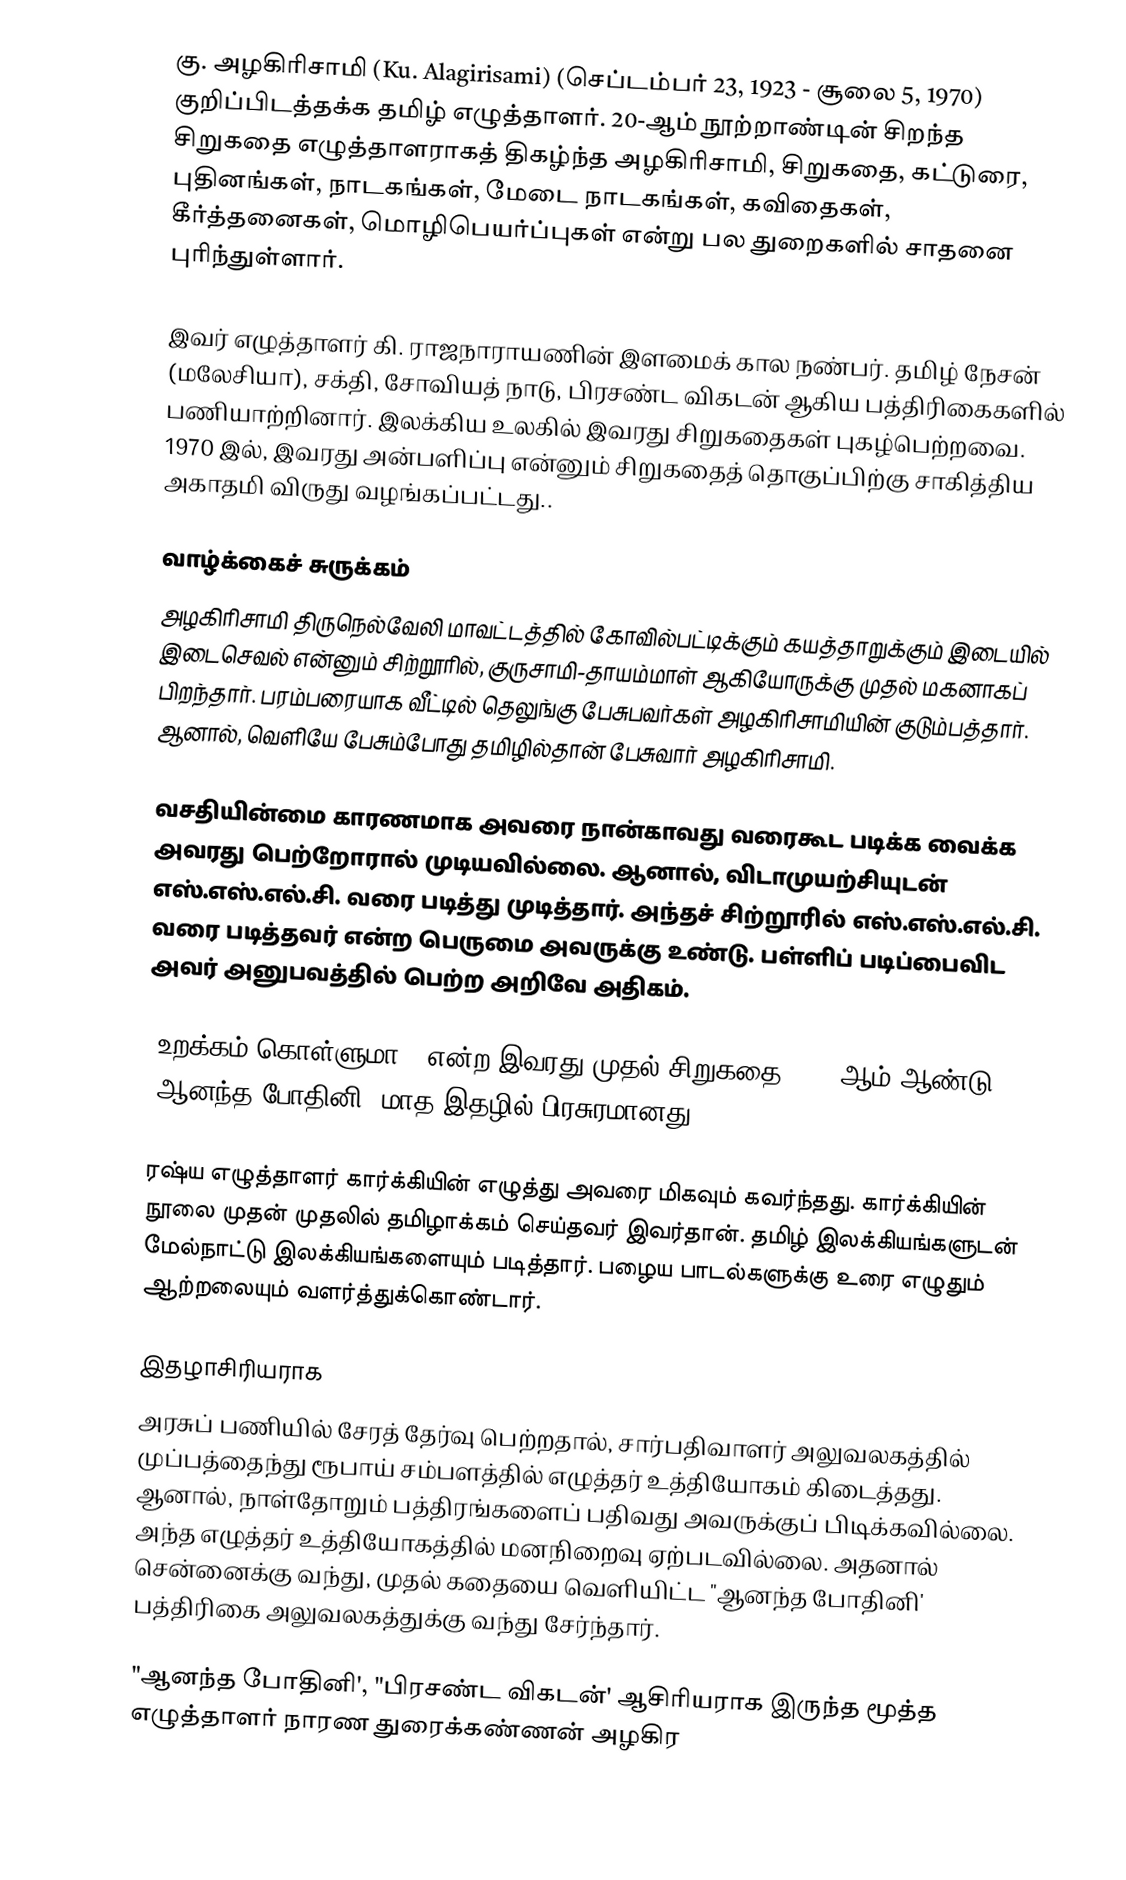
கு. அழகிரிசாமி (Ku. Alagirisami) (செப்டம்பர் 23, 1923 - சூலை 5, 1970) குறிப்பிடத்தக்க தமிழ் எழுத்தாளர். 20-ஆம் நூற்றாண்டின் சிறந்த சிறுகதை எழுத்தாளராகத் திகழ்ந்த அழகிரிசாமி, சிறுகதை, கட்டுரை, புதினங்கள், நாடகங்கள், மேடை நாடகங்கள், கவிதைகள், கீர்த்தனைகள், மொழிபெயர்ப்புகள் என்று பல துறைகளில் சாதனை புரிந்துள்ளார்.

இவர் எழுத்தாளர் கி. ராஜநாராயணின் இளமைக் கால நண்பர். தமிழ் நேசன் (மலேசியா), சக்தி, சோவியத் நாடு, பிரசண்ட விகடன் ஆகிய பத்திரிகைகளில் பணியாற்றினார். இலக்கிய உலகில் இவரது சிறுகதைகள் புகழ்பெற்றவை. 1970 இல், இவரது அன்பளிப்பு என்னும் சிறுகதைத் தொகுப்பிற்கு சாகித்திய அகாதமி விருது வழங்கப்பட்டது..

வாழ்க்கைச் சுருக்கம்
அழகிரிசாமி திருநெல்வேலி மாவட்டத்தில் கோவில்பட்டிக்கும் கயத்தாறுக்கும் இடையில் இடைசெவல் என்னும் சிற்றூரில், குருசாமி-தாயம்மாள் ஆகியோருக்கு முதல் மகனாகப் பிறந்தார். பரம்பரையாக வீட்டில் தெலுங்கு பேசுபவர்கள் அழகிரிசாமியின் குடும்பத்தார். ஆனால், வெளியே பேசும்போது தமிழில்தான் பேசுவார் அழகிரிசாமி.

வசதியின்மை காரணமாக அவரை நான்காவது வரைகூட படிக்க வைக்க அவரது பெற்றோரால் முடியவில்லை. ஆனால், விடாமுயற்சியுடன் எஸ்.எஸ்.எல்.சி. வரை படித்து முடித்தார். அந்தச் சிற்றூரில் எஸ்.எஸ்.எல்.சி. வரை படித்தவர் என்ற பெருமை அவருக்கு உண்டு. பள்ளிப் படிப்பைவிட அவர் அனுபவத்தில் பெற்ற அறிவே அதிகம்.

"உறக்கம் கொள்ளுமா?" என்ற இவரது முதல் சிறுகதை 1943-ஆம் ஆண்டு "ஆனந்த போதினி' மாத இதழில் பிரசுரமானது.

ரஷ்ய எழுத்தாளர் கார்க்கியின் எழுத்து அவரை மிகவும் கவர்ந்தது. கார்க்கியின் நூலை முதன் முதலில் தமிழாக்கம் செய்தவர் இவர்தான். தமிழ் இலக்கியங்களுடன் மேல்நாட்டு இலக்கியங்களையும் படித்தார். பழைய பாடல்களுக்கு உரை எழுதும் ஆற்றலையும் வளர்த்துக்கொண்டார்.

இதழாசிரியராக
அரசுப் பணியில் சேரத் தேர்வு பெற்றதால், சார்பதிவாளர் அலுவலகத்தில் முப்பத்தைந்து ரூபாய் சம்பளத்தில் எழுத்தர் உத்தியோகம் கிடைத்தது. ஆனால், நாள்தோறும் பத்திரங்களைப் பதிவது அவருக்குப் பிடிக்கவில்லை. அந்த எழுத்தர் உத்தியோகத்தில் மனநிறைவு ஏற்படவில்லை. அதனால் சென்னைக்கு வந்து, முதல் கதையை வெளியிட்ட "ஆனந்த போதினி' பத்திரிகை அலுவலகத்துக்கு வந்து சேர்ந்தார்.

"ஆனந்த போதினி', "பிரசண்ட விகடன்' ஆசிரியராக இருந்த மூத்த எழுத்தாளர் நாரண துரைக்கண்ணன் அழகிர